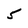
Character: 5